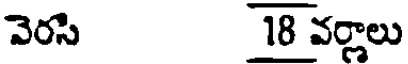
వెరసి 18 వర్గాలు